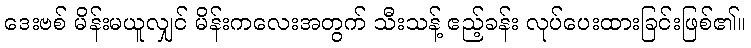
ဒေးဗစ် မိန်းမယူလျှင် မိန်းကလေးအတွက် သီးသန့် ဧည့်ခန်း လုပ်ပေးထားခြင်းဖြစ်၏။